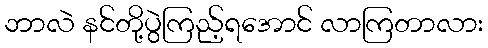
ဘာလဲ နင်တို့ပွဲကြည့်ရအောင် လာကြတာလား